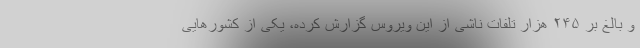
و بالغ بر ۲۴۵ هزار تلفات ناشی از این ویروس گزارش کرده، یکی از کشورهایی